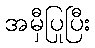
အမှီပြုပြီး